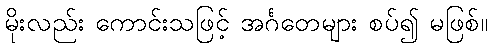
မိုးလည်း ကောင်းသဖြင့် အင်္ဂတေများ စပ်၍ မဖြစ်။